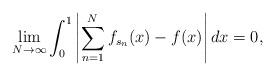
LaTeX: \begin{align*}\lim_{N\to \infty}\int_0^1\left|\sum_{n=1}^Nf_{s_n}(x)-f(x)\right|dx=0,\end{align*}